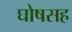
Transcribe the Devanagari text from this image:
घोषसह